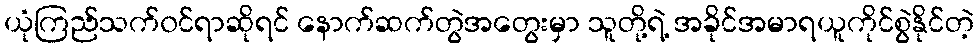
ယုံကြည်သက်၀င်ရာဆိုရင် နောက်ဆက်တွဲအတွေးမှာ သူတို့ရဲ့ အခိုင်အမာရယူကိုင်စွဲနိုင်တဲ့